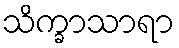
သိက္ခာသာရာ